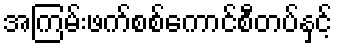
အကြမ်းဖက်စစ်ကောင်စီတပ်နှင့်